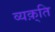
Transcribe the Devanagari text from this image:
व्यक़्ति